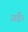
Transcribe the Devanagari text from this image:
जहै।